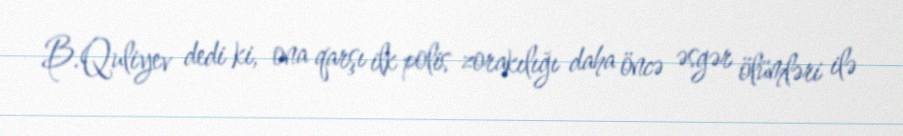
B.Quliyev dedi ki, ona qarşı ilk polis zorakılığı daha öncə əsgər ölümləri ilə